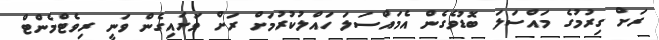
ރަށް ގިރުމުގެ މައްސަލަ ބޮޑުވެގެން އެމައްސަލަ ހައްލުކުރުމަށް ރަށް ވަށައިގެން ވަނީ ރިވެޓްމެންޓް